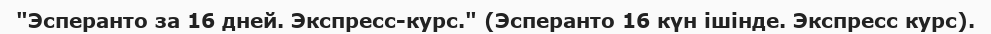
"Эсперанто за 16 дней. Экспресс-курс." (Эсперанто 16 күн ішінде. Экспресс курс).